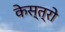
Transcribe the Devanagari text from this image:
केस्त्रो